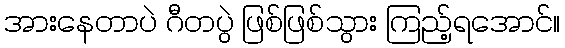
အားနေတာပဲ ဂီတပွဲ ဖြစ်ဖြစ်သွား ကြည့်ရအောင်။